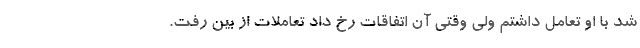
شد با او تعامل داشتم ولی وقتی آن اتفاقات رخ داد تعاملات از بین رفت.